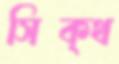
সিক্‌থ